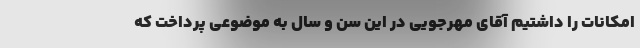
امکانات را داشتیم آقای مهرجویی در این سن و سال به موضوعی پرداخت که